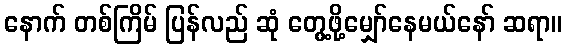
နောက် တစ်ကြိမ် ပြန်လည် ဆုံ တွေ့ဖို့မျှော်နေမယ်နော် ဆရာ။